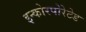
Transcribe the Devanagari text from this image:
इन्कोरपोरेटेड